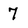
Character: 7